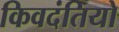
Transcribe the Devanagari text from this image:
किवदंतियो